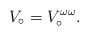
LaTeX: \begin{align*}V_\circ = V_\circ^{\omega\omega}. \end{align*}